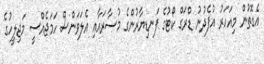
އެގޮތުން މިއަހަރު އުފެދުނު ޑްރަގް ކޯޓުގެ ފަނޑިޔާރުންގެ މުސާރައާއި އެލަވަންސް ހަމަޖެއްސީ މަޖިލީހުގެ